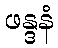
ဖန္ဒနံ